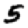
Digit: 5